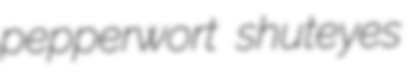
pepperwort shuteyes